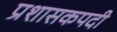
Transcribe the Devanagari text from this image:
प्रशासकपदी